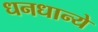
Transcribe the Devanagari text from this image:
धनधान्ये